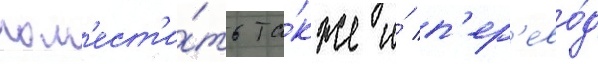
пом'ест'и́ть та́кже и́ п'ер'ево́д